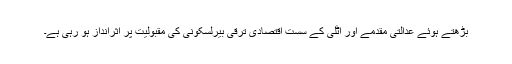
بڑھتے ہوئے عدالتی مقدمے اور اٹلی کے سست اقتصادی ترقی بیرلسکونی کی مقبولیت پر اثرانداز ہو رہی ہے۔